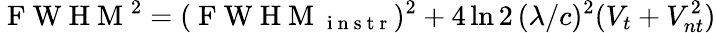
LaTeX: \mathrm{~F~W~H~M~}^{2}=(\mathrm{~F~W~H~M~}_{\mathrm{~i~n~s~t~r~}})^{2}+4\ln 2\, (\lambda/c)^{2}(V_{t}+V_{nt}^{2})